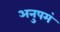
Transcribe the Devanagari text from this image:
अनुपमं